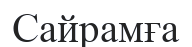
Сайрамға